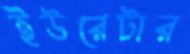
ইউরেটার